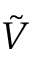
\tilde { V }